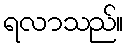
ရလာသည်။